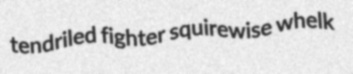
tendriled fighter squirewise whelk